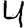
Digit: 4